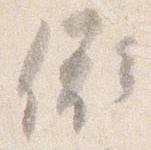
依